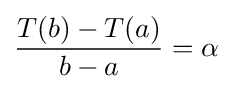
{\frac {T(b)-T(a)}{b-a}}=\alpha